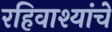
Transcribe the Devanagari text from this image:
रहिवाश्यांचे